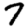
Digit: 7